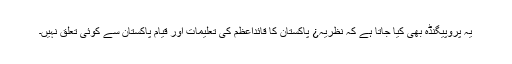
یہ پروپیگنڈہ بھی کیا جاتا ہے کہ نظریہ¿ پاکستان کا قائداعظمؒ کی تعلیمات اور قیام پاکستان سے کوئی تعلق نہیں۔